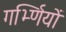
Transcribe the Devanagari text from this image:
गर्भ्णियों